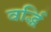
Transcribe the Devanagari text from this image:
वर्द्धि